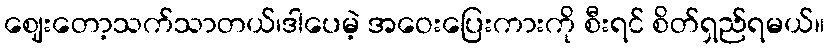
ဈေးတော့သက်သာတယ်၊ဒါပေမဲ့ အဝေးပြေးကားကို စီးရင် စိတ်ရှည်ရမယ်။